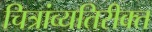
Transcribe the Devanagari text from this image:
चित्रांव्यतिरीक्त